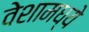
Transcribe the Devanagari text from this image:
वेशामध्ये